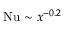
\mathrm { N u } \sim x ^ { - 0 . 2 }